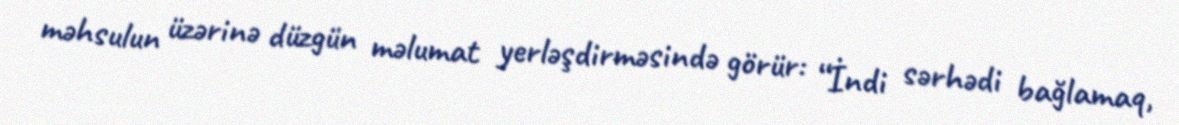
məhsulun üzərinə düzgün məlumat yerləşdirməsində görür: “İndi sərhədi bağlamaq,